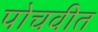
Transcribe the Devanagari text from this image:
पोचवीत